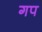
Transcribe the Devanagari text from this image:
गप